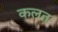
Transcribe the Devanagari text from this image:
कलत